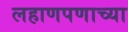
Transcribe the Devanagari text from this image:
लहाणपणाच्या